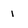
Character: 1